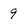
Character: 9